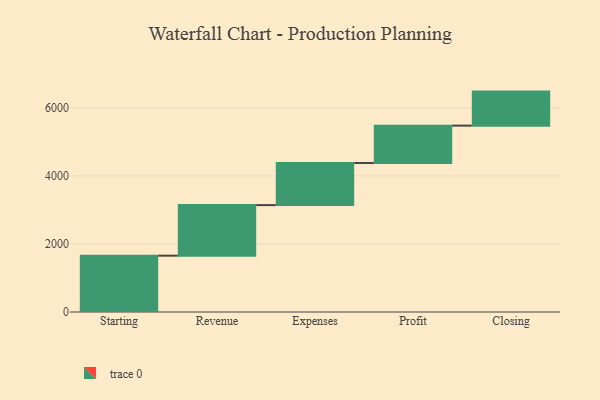
{"axis": {"x": "Step", "y": "Value"}, "legend": [""], "data": [{"x": "Starting", "y": 1655.0, "type": ""}, {"x": "Revenue", "y": 1486.0, "type": ""}, {"x": "Expenses", "y": 1238.0, "type": ""}, {"x": "Profit", "y": 1097.0, "type": ""}, {"x": "Closing", "y": 1000, "type": ""}]}